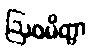
ဩဝမိတွာ